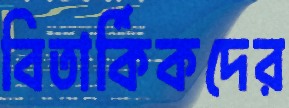
বিতার্কিকদের